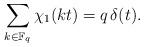
LaTeX: \begin{align*} \sum_{k\in \mathbb F_q}{\chi_1(k t)}=q\,\delta(t).\end{align*}